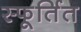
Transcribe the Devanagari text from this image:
स्फूर्तित